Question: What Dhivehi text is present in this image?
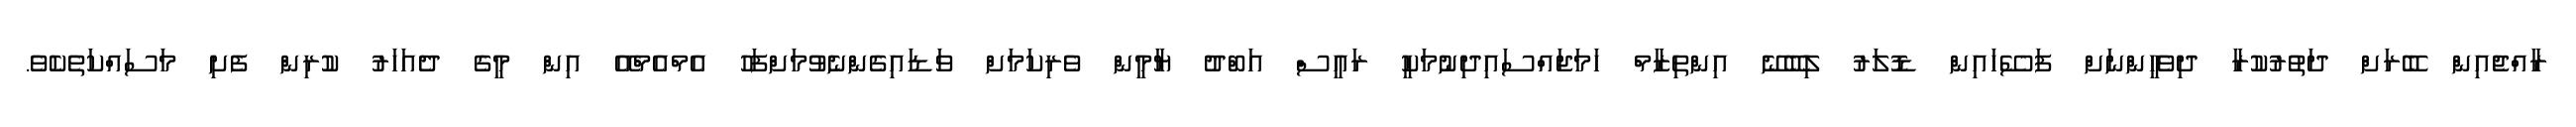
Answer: ރާއްޖެއިން ބޭރަށް ދަތުރުކުރާ ދިވެހީންނަށް ފަސޭހައިން ޑޮލަރު ލިބޭނޭ އިންތިޒާމް ހަމަޖައްސައިދިނުމަކީ ރައީސް އަބްދު ޔާމީން ވެރިކަމަށް ވަޑައިގެންނެވުމަށްފަހު އެމްއެމްއޭ އިން މީގެ ދެއަހަރު ކުރިން ފެށި މަސައްކަތެކެވެ.